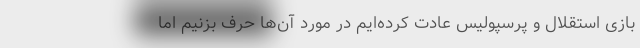
بازی استقلال و پرسپولیس عادت کرده‌ایم در مورد آن‌ها حرف بزنیم اما